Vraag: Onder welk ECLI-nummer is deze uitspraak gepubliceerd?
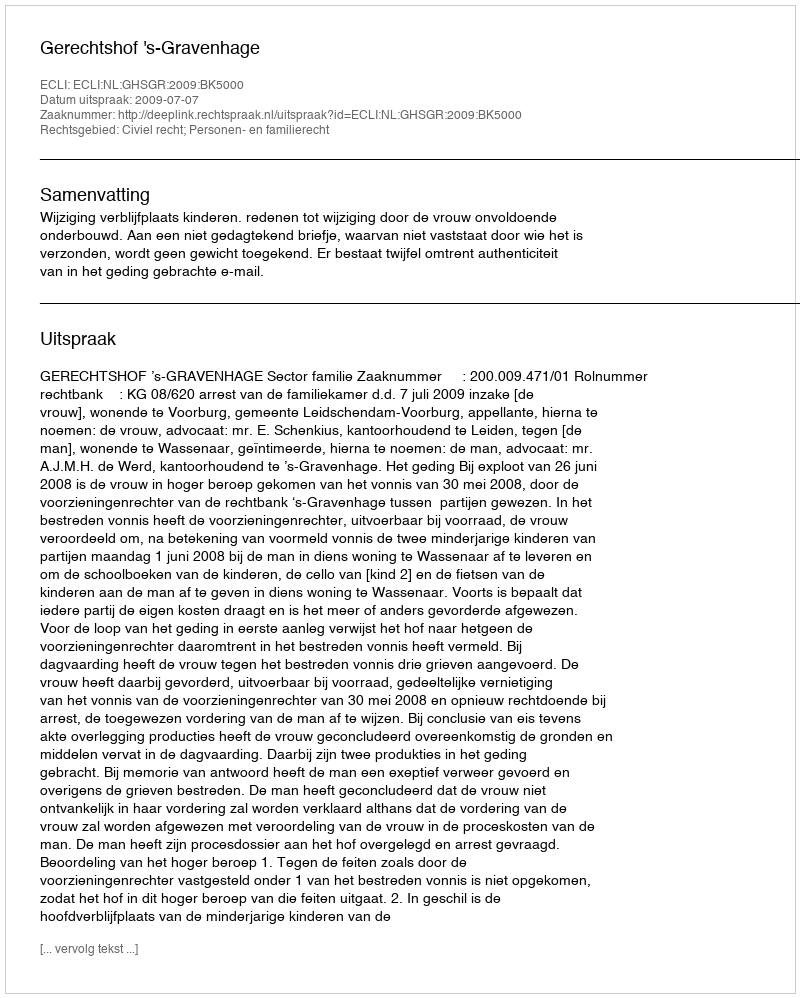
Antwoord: ECLI:NL:GHSGR:2009:BK5000